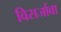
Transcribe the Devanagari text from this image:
विसर्जावा